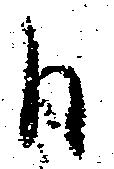
日